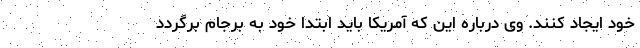
خود ایجاد کنند. وی درباره این که آمریکا باید ابتدا خود به برجام برگردد